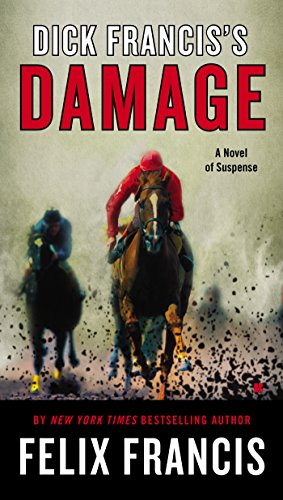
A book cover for Dick Francis's Damage; Felix Francis; Literature & Fiction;